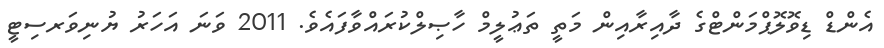
އެންޑް ޑިވޮލޮޕްމަންޓްގެ ދާއިރާއިން މަތީ ތަޢުލީމް ހާޞިލްކުރައްވާފައެވެ. 2011 ވަނަ އަހަރު ޔުނިވަރސިޓީ